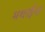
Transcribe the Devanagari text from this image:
मथाईना